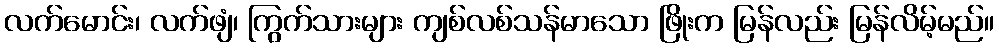
လက်မောင်း၊ လက်ဖျံ၊ ကြွက်သားများ ကျစ်လစ်သန်မာသော ဖြိုးက မြန်လည်း မြန်လိမ့်မည်။